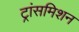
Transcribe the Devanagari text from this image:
ट्रांसमिशन